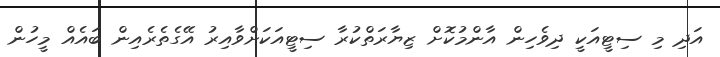
އަދި މި ސިޓީއަކީ ދިވެހިން އާންމުކޮށް ޒިޔާރަތްކުރާ ސިޓީއަކަށްވާއިރު އޭގެތެރެއިން ބައެއް މީހުން